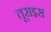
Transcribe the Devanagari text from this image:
तूराइस